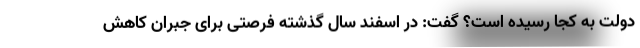
دولت به کجا رسیده است؟ گفت: در اسفند سال گذشته فرصتی برای جبران کاهش